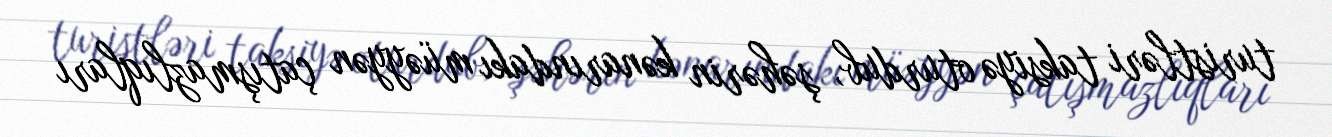
turistləri taksiyə oturdub, şəhərin kənarındakı müəyyən çatışmazlıqları